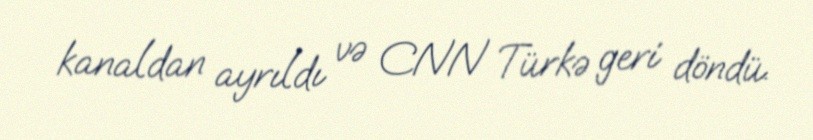
kanaldan ayrıldı və CNN Türkə geri döndü.